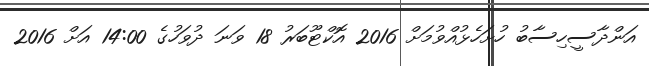
އަންދާސީހިސާބު ހުށަހެޅުއްވުމަށް 2016 އޮކްޓޫބަރު 18 ވަނަ ދުވަހުގެ 14:00 އަށް 2016